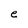
Character: e